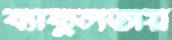
ব্যাকুলতায়